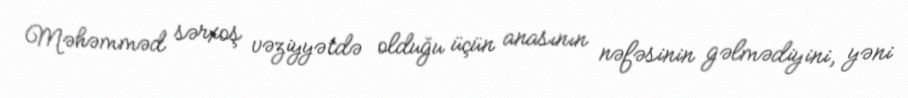
Məhəmməd sərxoş vəziyyətdə olduğu üçün anasının nəfəsinin gəlmədiyini, yəni